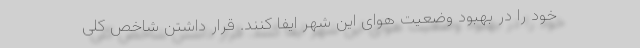
خود را در بهبود وضعیت هوای این شهر ایفا کنند. قرار داشتن شاخص کلی